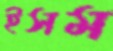
ইসম